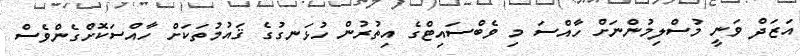
އަޒަދް ވަނީ މުސްލިމުންނަށް ހާއްސަ މި ވެބްސައިޓްގެ އިތުރުން ހުޅަނގުގެ ޤައުމުތަކަށް ހާއްސަކޮށްގެންވެސް